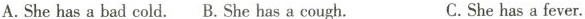
A.She has a bad cold. B. She has a cough.